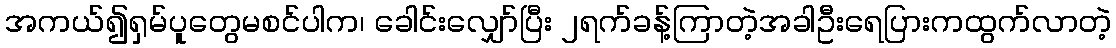
အကယ်၍ရှမ်ပူတွေမစင်ပါက၊ ခေါင်းလျှော်ပြီး ၂ရက်ခန့်ကြာတဲ့အခါဦးရေပြားကထွက်လာတဲ့